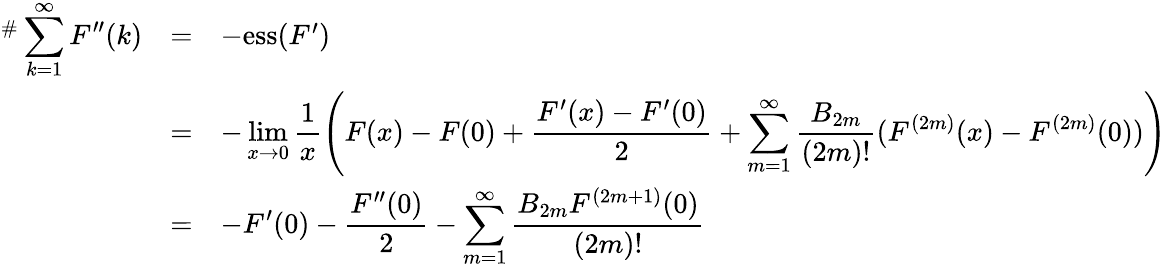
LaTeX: \begin{array}{rcl}{^\# \displaystyle\sum_{k=1}^{\infty}F^{\prime\prime}(k)}&{=}&{-\mathrm{ess}(F^{\prime})}\\ &{=}&{-\displaystyle\operatorname*{lim}_{x\to 0}\frac{1}{x}\left(F(x)-F(0)+\frac{F^{\prime}(x)-F^{\prime}(0)}{2}+\sum_{m=1}^{\infty}\frac{B_{2m}}{(2m)!}(F^{(2m)}(x)-F^{(2m)}(0))\right)}\\ &{=}&{-\displaystyle F^{\prime}(0)-\frac{F^{\prime\prime}(0)}{2}-\sum_{m=1}^{\infty}\frac{B_{2m}F^{(2m+1)}(0)}{(2m)!}}\end{array}